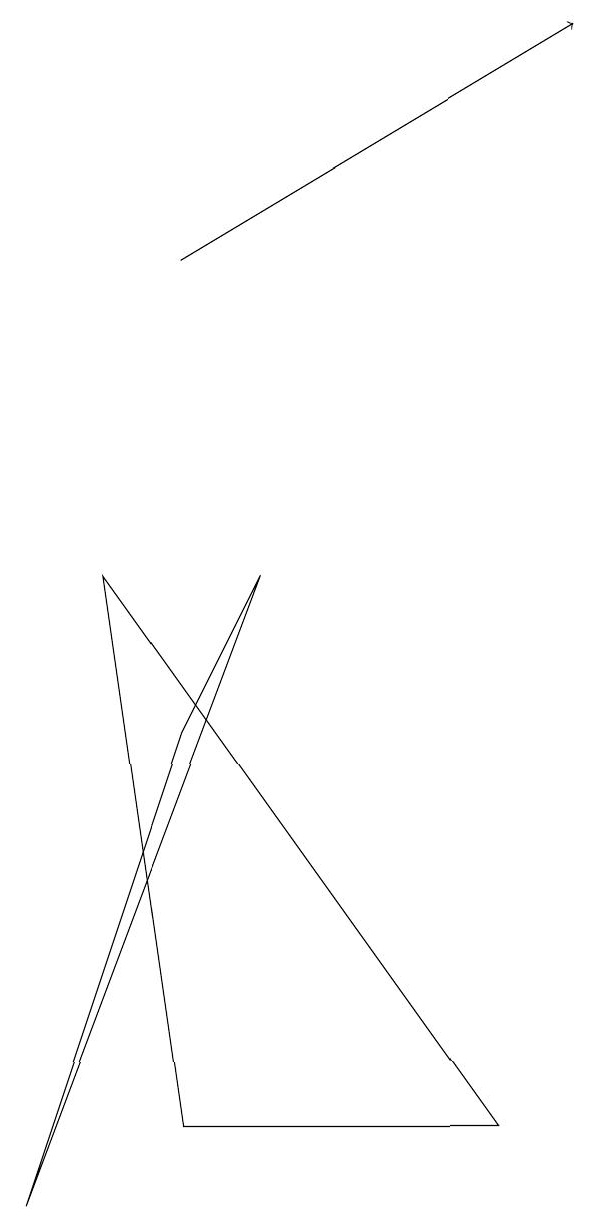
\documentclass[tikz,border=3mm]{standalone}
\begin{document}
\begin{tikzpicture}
\draw[->] (3,12) -- (8,15);
\draw (4,8) -- (1,0) -- (3,6) -- cycle;
\draw (2,8) -- (3,1) -- (7,1) -- cycle;
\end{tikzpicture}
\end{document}